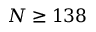
N \ge 1 3 8